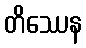
တိဿေန